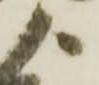
よ